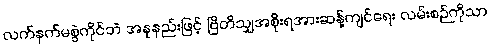
လက်နက်မစွဲကိုင်ဘဲ အနုနည်းဖြင့် ဗြိတိသျှအစိုးရအားဆန့်ကျင်ရေး လမ်းစဉ်ကိုသာ